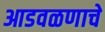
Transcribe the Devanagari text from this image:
आडवळणाचे